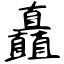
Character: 矗